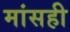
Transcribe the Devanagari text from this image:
मांसही